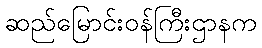
ဆည်မြောင်းဝန်ကြီးဌာနက